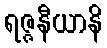
ရဇ္ဇနီယာနိ